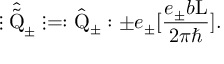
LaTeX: \vdots \hat { \tilde { \mathrm { Q } } } _ { \pm } \vdots = : \hat { \mathrm { Q } } _ { \pm } : \pm e _ { \pm } [ \frac { e _ { \pm } b \mathrm { L } } { 2 { \pi } { \hbar } } ] .